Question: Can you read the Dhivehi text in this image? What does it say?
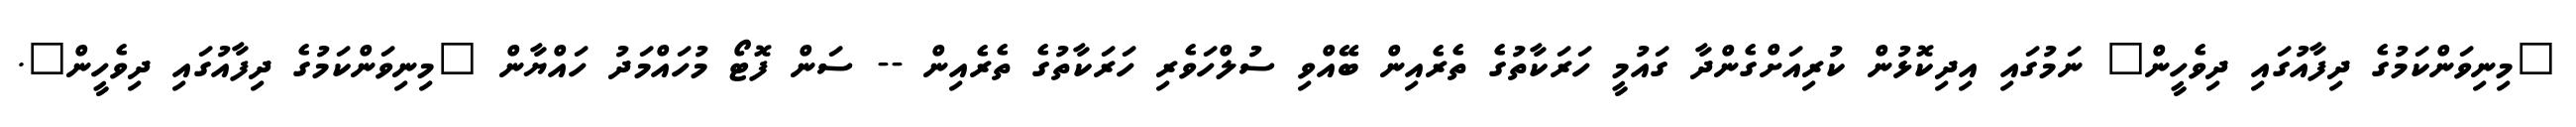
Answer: "މިނިވަންކަމުގެ ދިފާއުގައި ދިވެހީން" ނަމުގައި އިދިކޮޅުން ކުރިއަށްގެންދާ ގައުމީ ހަރަކާތުގެ ތެރެއިން ބޭއްވި ސުލްހަވެރި ހަރަކާތުގެ ތެރެއިން -- ސަން ފޮޓޯ މުހައްމަދު ހައްޔާން "މިނިވަންކަމުގެ ދިފާއުގައި ދިވެހީން".